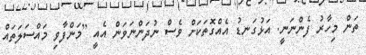
ތަން މިހާރު ފެންނަނީ. އަޅުގަނޑު އެއްގޮތަކަށް ވެސް ނުދަންނަވަން އެއީ [މަންފާވި މައްސަލަތައް